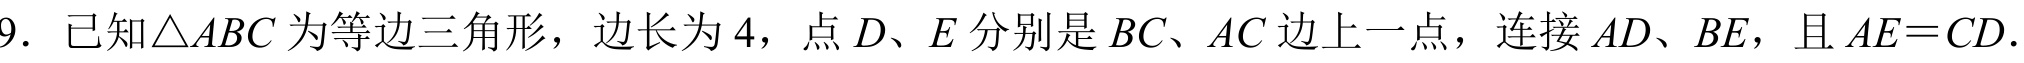
9. 已知\(\triangle ABC\) 为等边三角形，边长为 \(4\)，点 \(D\)、\(E\) 分别是 \(BC\)、\(AC\) 边上一点，连接 \(AD\)、\(BE\)，且 \(AE = CD\).